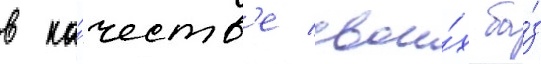
в ка́честв'е свои́х ба́з